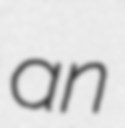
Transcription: an